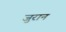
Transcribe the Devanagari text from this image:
जुरान